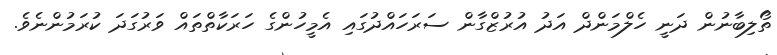
ތޯލިބާނުން ދަނީ ހެލްމަންދް އަދު އުރުޒްގާން ސަރަހައްދުގައި އެމީހުންގެ ހަރަކާތްތައް ވަރުގަދަ ކުރަމުންނެވެ.